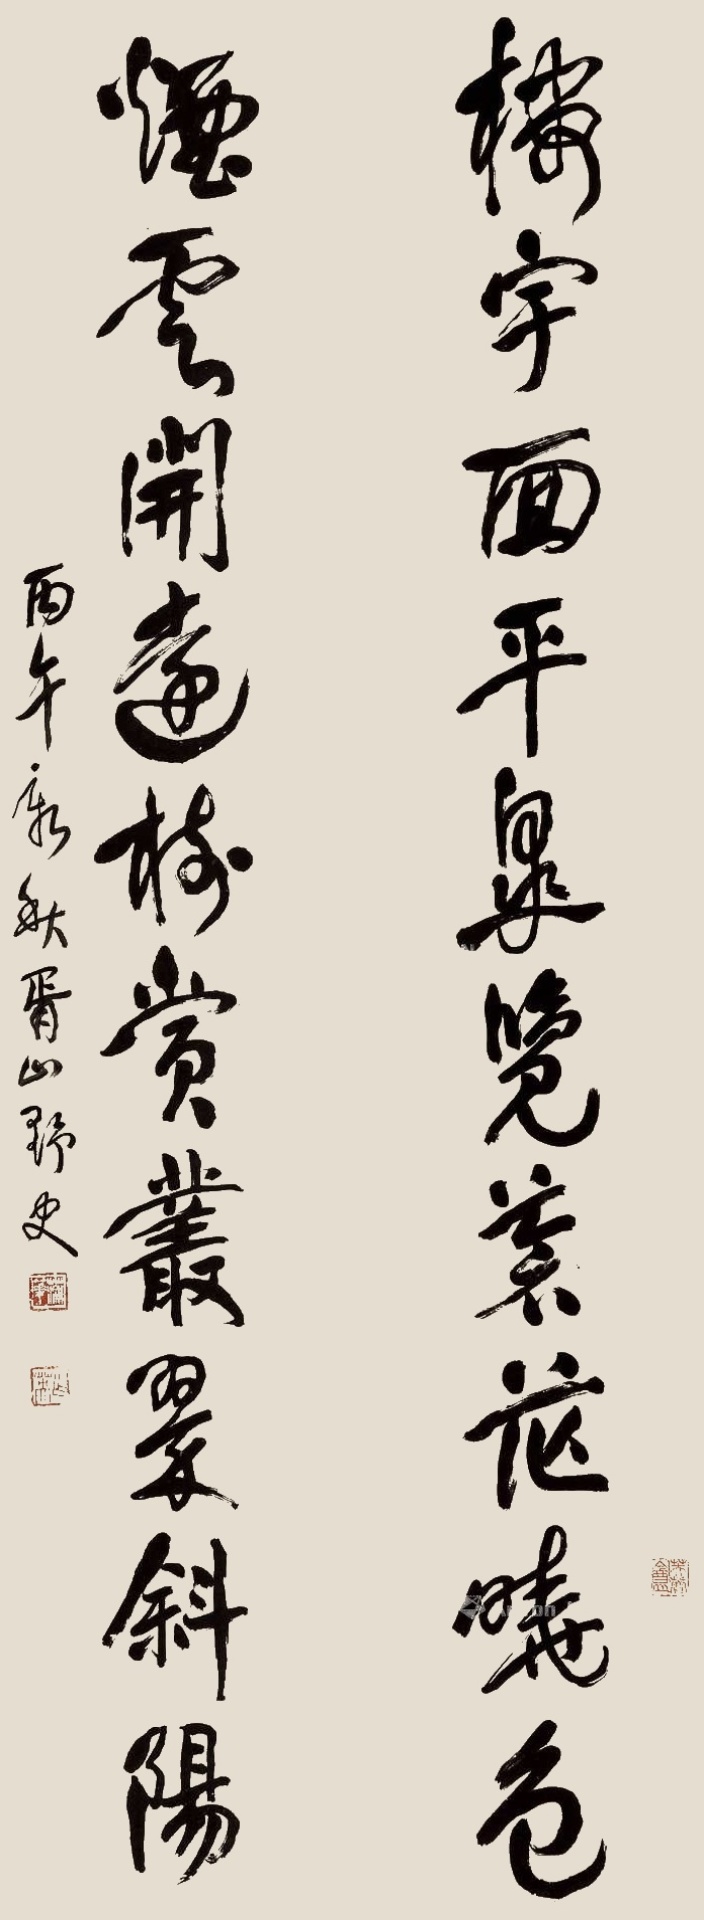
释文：楼宇面平皋览荒茫晓色，烟云开远树赏丛翠斜阳。丙午新秋。胥山野史。